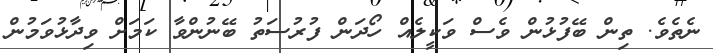
ނެތެވެ. ތިން ބޭފުޅުން ވެސް ވަކީލެއް ހޯދަން ފުރުސަތު ބޭނުންވާ ކަމަށް ވިދާޅުވަމުން